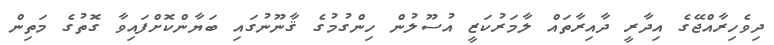
ދިވެހިރާއްޖޭގެ އިދާރީ ދާއިރާތައް ލާމަރުކަޒީ އުސޫލުން ހިންގުމުގެ ޤާނޫނުގައި ބަޔާންކޮށްފައިވާ ގޮތުގެ މަތިން